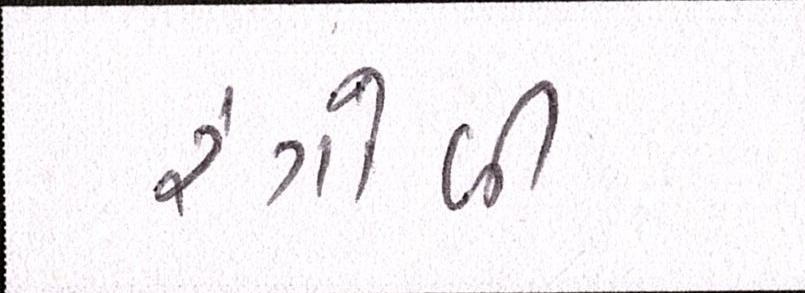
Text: રંગોળી